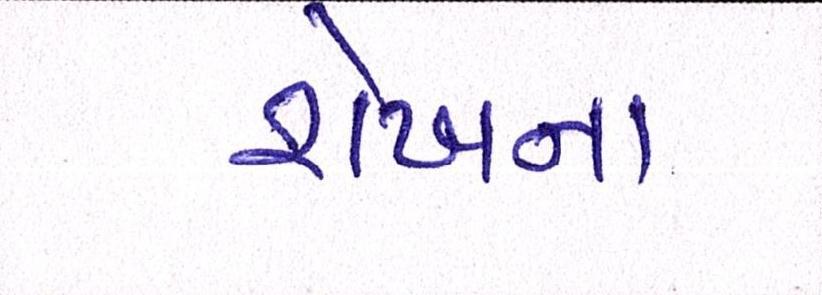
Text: શેખના